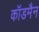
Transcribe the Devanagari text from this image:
कॉडमैन